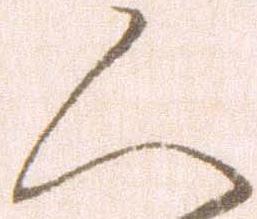
人